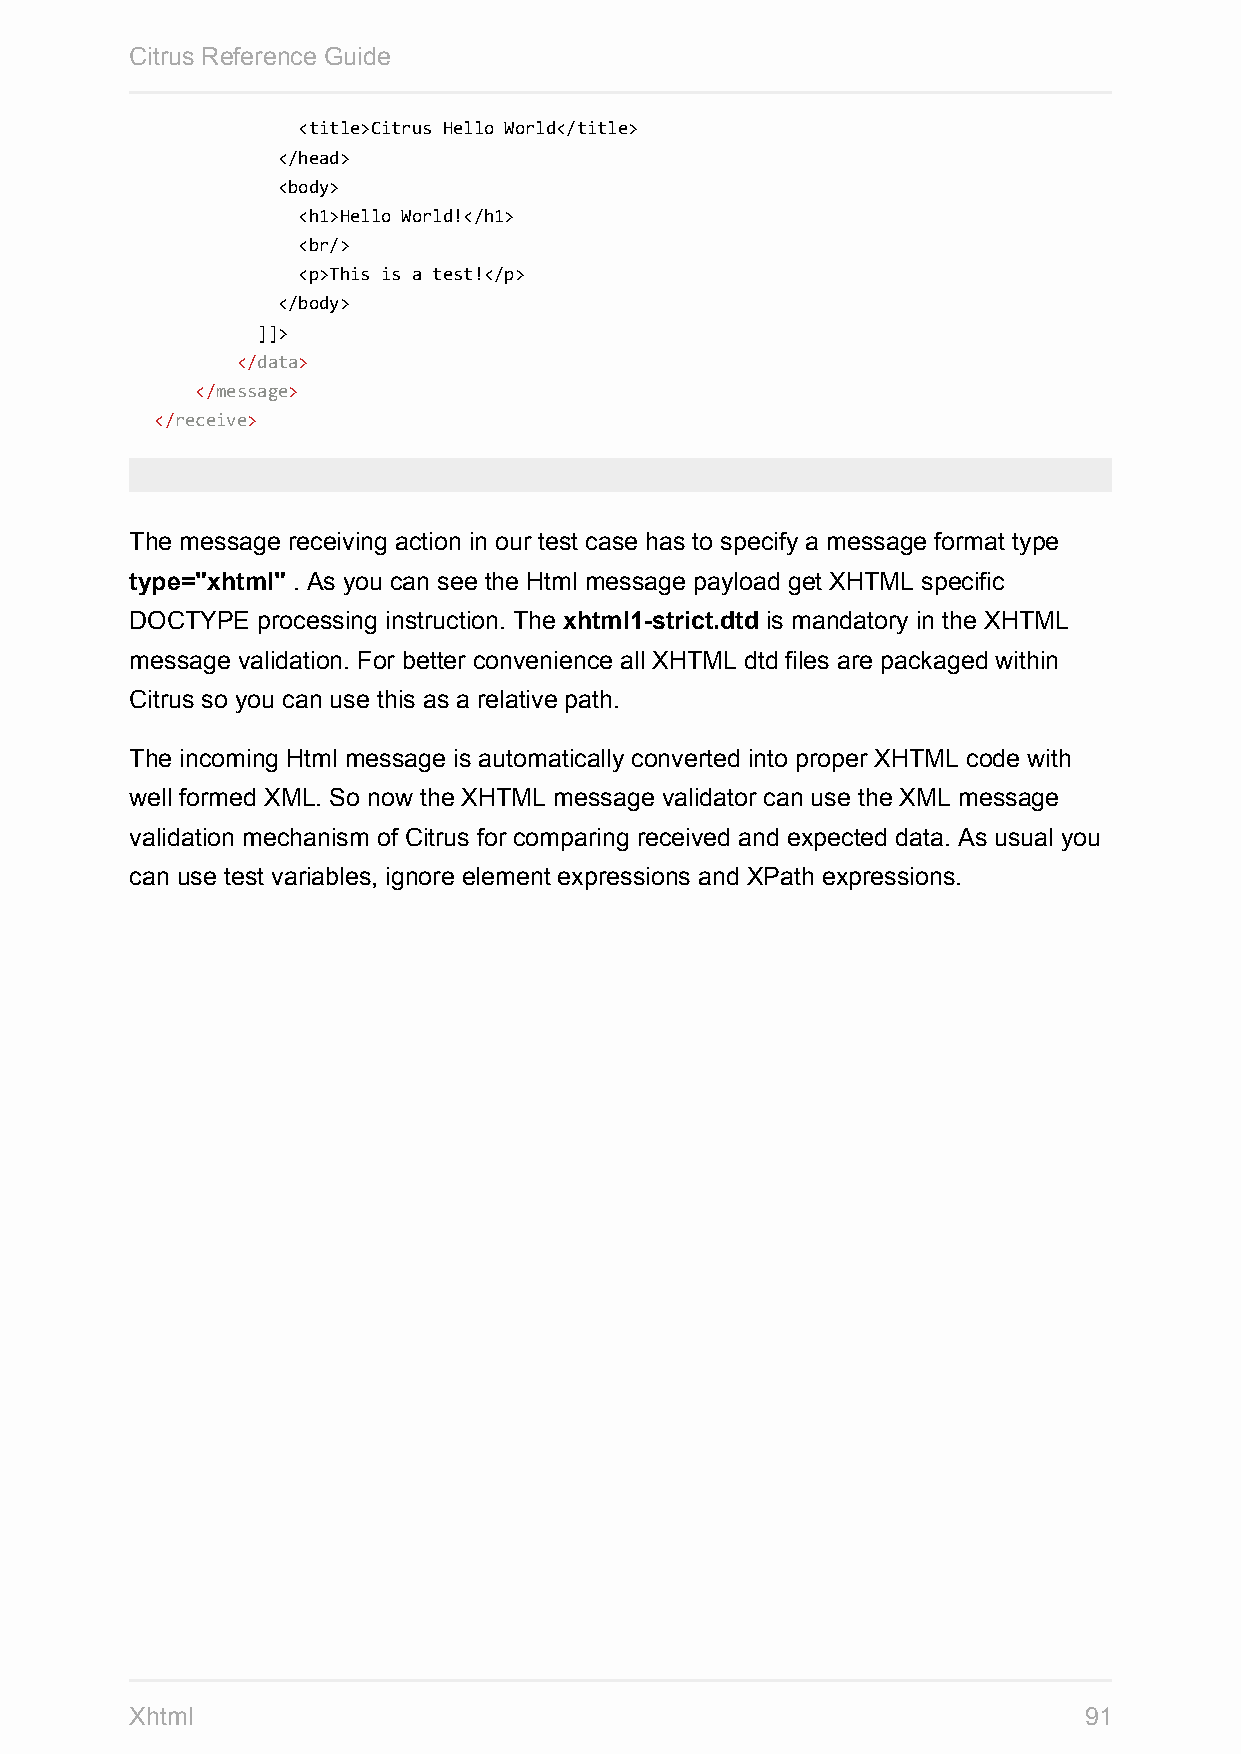
Citrus Reference Guide
 <title>Citrus Hello World</title>
 </head>
 <body>
 <h1>Hello World!</h1>
 <br/>
 <p>This is a test!</p>
 </body>
 ]]>
 </data>
 </message>
 </receive>
 The message receiving action in our test case has to specify a message format type
 type="xhtml" . As you can see the Html message payload get XHTML specific
 DOCTYPE processing instruction. The xhtml1-strict.dtd is mandatory in the XHTML
 message validation. For better convenience all XHTML dtd files are packaged within
 Citrus so you can use this as a relative path.
 The incoming Html message is automatically converted into proper XHTML code with
 well formed XML. So now the XHTML message validator can use the XML message
 validation mechanism of Citrus for comparing received and expected data. As usual you
 can use test variables, ignore element expressions and XPath expressions.
 Xhtml                                                          91